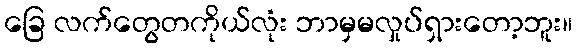
ခြေ လက်တွေတကိုယ်လုံး ဘာမှမလှုပ်ရှားတော့ဘူး။